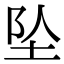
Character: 坠